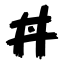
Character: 丼